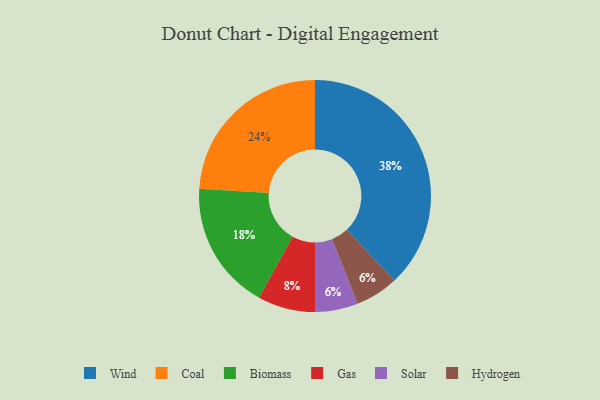
{"axis": {"x": "Category", "y": "Percentage"}, "legend": ["Biomass", "Coal", "Gas", "Hydrogen", "Solar", "Wind"], "data": [{"x": "Gas", "y": 8, "type": "Gas"}, {"x": "Wind", "y": 38, "type": "Wind"}, {"x": "Biomass", "y": 18, "type": "Biomass"}, {"x": "Coal", "y": 24, "type": "Coal"}, {"x": "Solar", "y": 6, "type": "Solar"}, {"x": "Hydrogen", "y": 6, "type": "Hydrogen"}]}